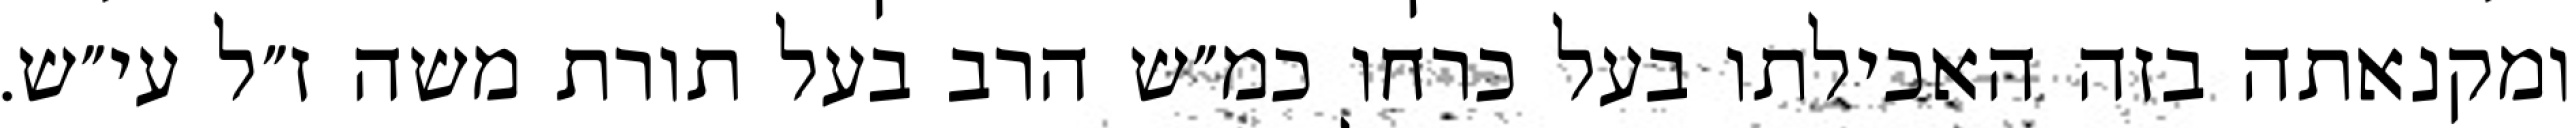
ומקנאתה בזה האכילתו בעל כרחו כמ״ש הרב בעל תורת משה ז״ל עי״ש.